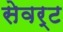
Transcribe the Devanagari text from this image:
सेवर्ट